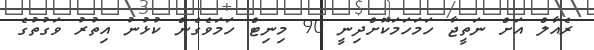
ރެއާލް އަށް ނަތީޖާ ހަމަހަމަކޮށްދިނީ 90 މިނިޓް ހަމަވެގެން ކުޅުނު އިތުރު ވަގުތުގެ